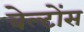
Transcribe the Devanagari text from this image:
बेल्टोंस